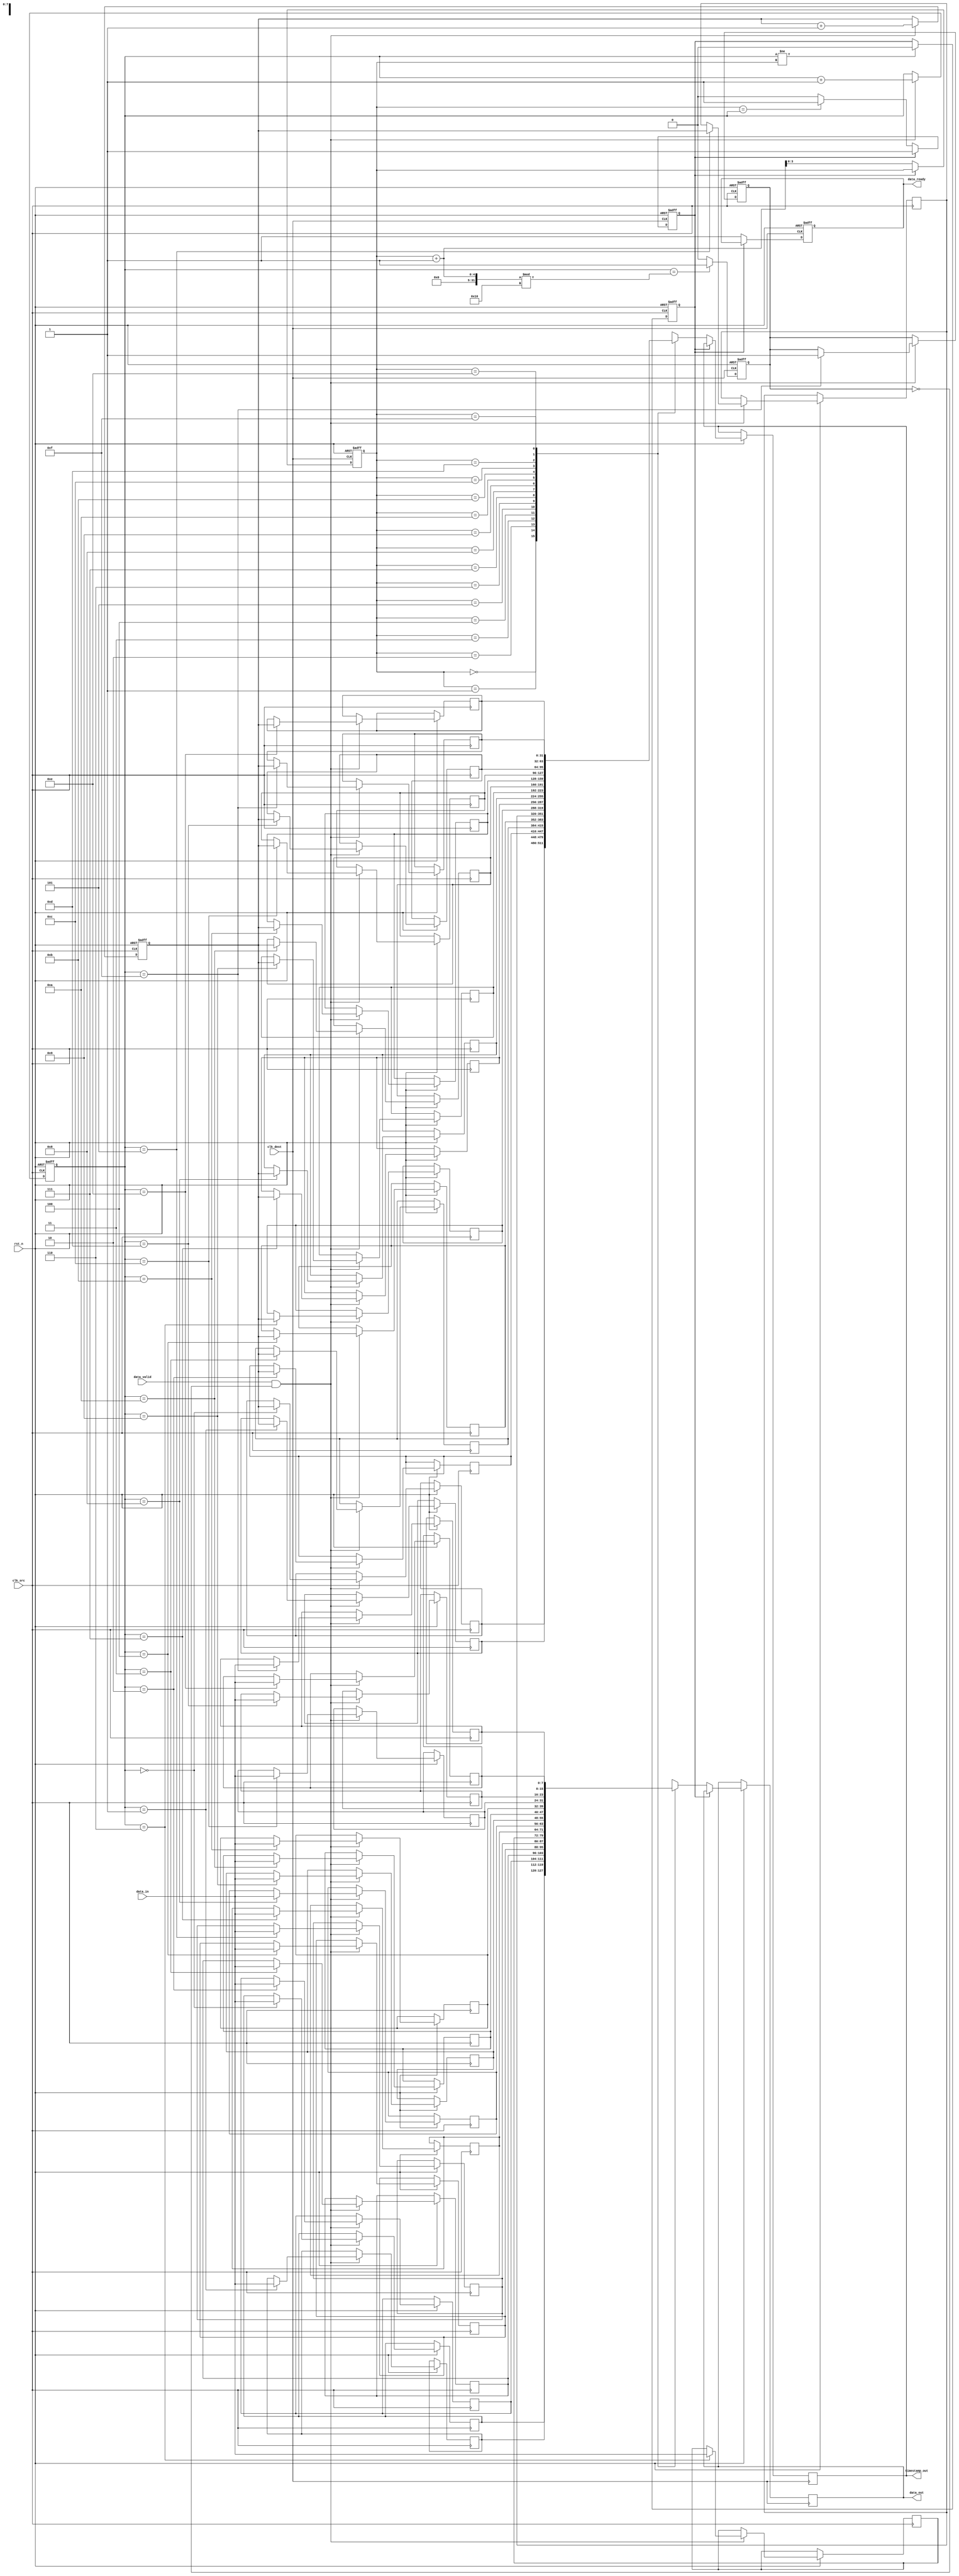
module time_stamped_synchronizer #(
    parameter DATA_WIDTH = 8,
    parameter FIFO_DEPTH = 16
)(
    input wire clk_src,                // Source clock
    input wire clk_dest,               // Destination clock
    input wire rst_n,                  // Active low reset
    input wire [DATA_WIDTH-1:0] data_in, // Data input from source memory block
    input wire data_valid,             // Data valid signal from source
    output reg [DATA_WIDTH-1:0] data_out, // Data output to destination memory block
    output reg [31:0] timestamp_out,   // Timestamp output
    output reg data_ready              // Data ready signal for destination
);

    // FIFO buffer signals
    reg [DATA_WIDTH-1:0] fifo_data[FIFO_DEPTH-1:0];
    reg [31:0] fifo_timestamp[FIFO_DEPTH-1:0];
    reg [3:0] write_ptr, read_ptr;
    reg full, empty;

    // Timestamp generator
    reg [31:0] timestamp_counter;

    // FIFO write logic (synchronized to clk_src)
    always @(posedge clk_src or negedge rst_n) begin
        if (!rst_n) begin
            write_ptr <= 0;
            full <= 0;
            timestamp_counter <= 0;
        end else if (data_valid && !full) begin
            fifo_data[write_ptr] <= data_in;
            fifo_timestamp[write_ptr] <= timestamp_counter;
            write_ptr <= write_ptr + 1;
            if (write_ptr == FIFO_DEPTH - 1) begin
                full <= 1;
            end
            timestamp_counter <= timestamp_counter + 1; // Increment timestamp
        end
    end

    // FIFO read logic (synchronized to clk_dest)
    always @(posedge clk_dest or negedge rst_n) begin
        if (!rst_n) begin
            read_ptr <= 0;
            empty <= 1;
            data_ready <= 0;
        end else if (!empty) begin
            data_out <= fifo_data[read_ptr];
            timestamp_out <= fifo_timestamp[read_ptr];
            read_ptr <= read_ptr + 1;
            data_ready <= 1;

            if (read_ptr == write_ptr) begin
                empty <= 1;
            end
        end
    end

    // Manage empty and full flags
    always @(posedge clk_src or negedge rst_n) begin
        if (!rst_n) begin
            empty <= 1;
        end else begin
            if (write_ptr != read_ptr) begin
                empty <= 0;
            end
        end
    end

    always @(posedge clk_dest or negedge rst_n) begin
        if (!rst_n) begin
            full <= 0;
        end else begin
            if (write_ptr == (read_ptr + 1) % FIFO_DEPTH) begin
                full <= 1;
            end else begin
                full <= 0;
            end
        end
    end

endmodule